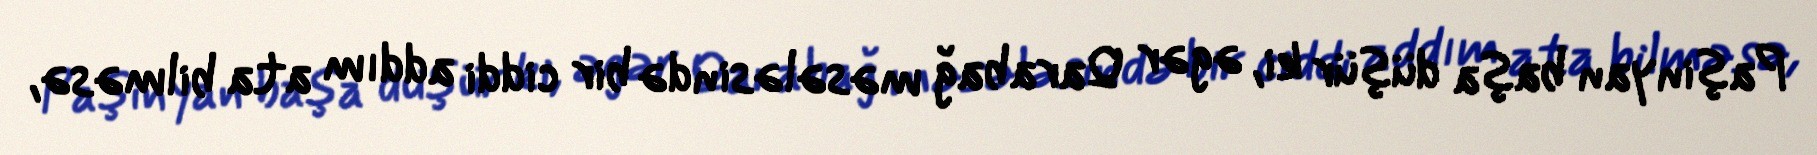
Paşinyan başa düşür ki, əgər Qarabağ məsələsində bir ciddi addım ata bilməsə,